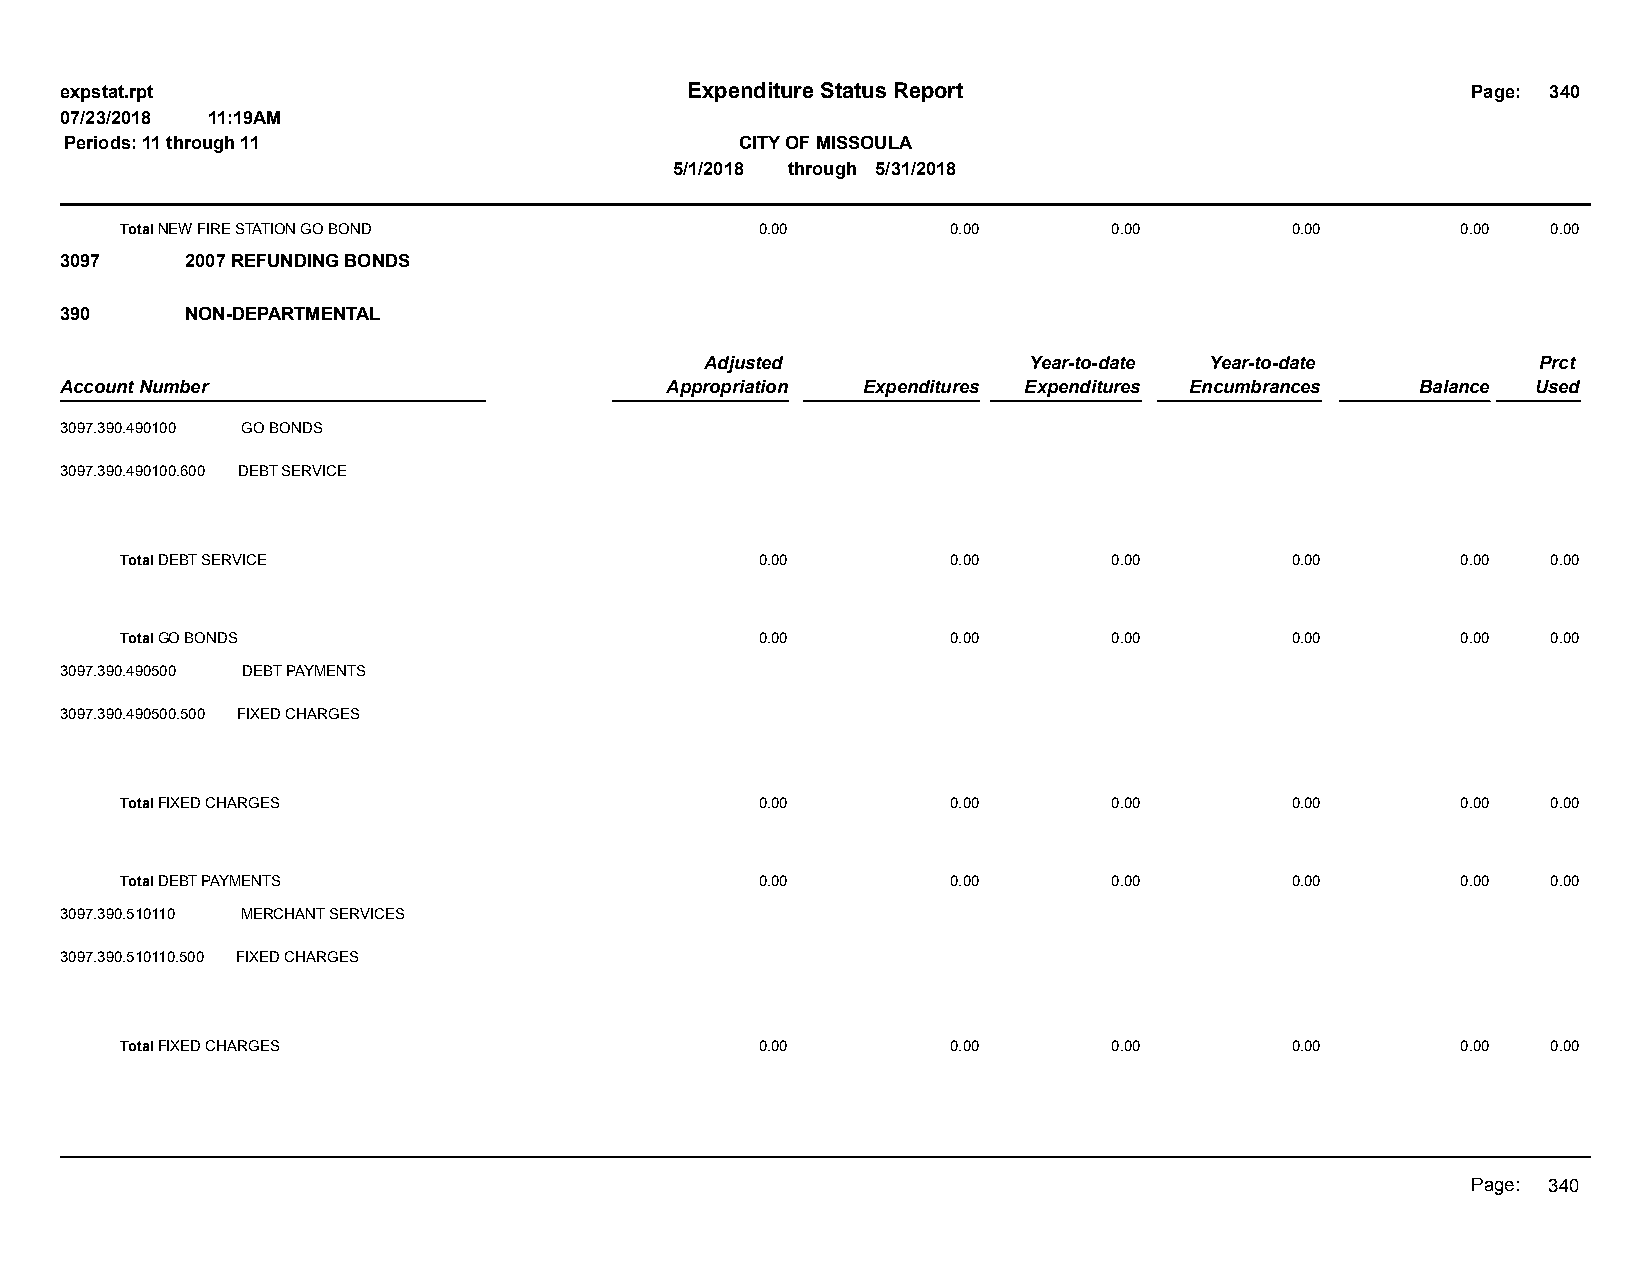
expstat.rpt                              Expenditure Status Report                           Page: 340
 07/23/2018 11:19AM
 Periods: 11 through 11                       CITY OF MISSOULA
 5/1/2018 through 5/31/2018
 Total NEW FIRE STATION GO BOND            0.00         0.00       0.00       0.00        0.00  0.00
 3097    2007 REFUNDING BONDS
 390     NON-DEPARTMENTAL
 Adjusted             Year-to-date Year-to-date         Prct
 Account Number                          Appropriation Expenditures Expenditures Encumbrances Balance Used
 3097.390.490100 GO BONDS
 3097.390.490100.600 DEBT SERVICE
 Total DEBT SERVICE                        0.00         0.00       0.00       0.00        0.00  0.00
 Total GO BONDS                            0.00         0.00       0.00       0.00        0.00  0.00
 3097.390.490500 DEBT PAYMENTS
 3097.390.490500.500 FIXED CHARGES
 Total FIXED CHARGES                       0.00         0.00       0.00       0.00        0.00  0.00
 Total DEBT PAYMENTS                       0.00         0.00       0.00       0.00        0.00  0.00
 3097.390.510110 MERCHANT SERVICES
 3097.390.510110.500 FIXED CHARGES
 Total FIXED CHARGES                       0.00         0.00       0.00       0.00        0.00  0.00
 Page: 340